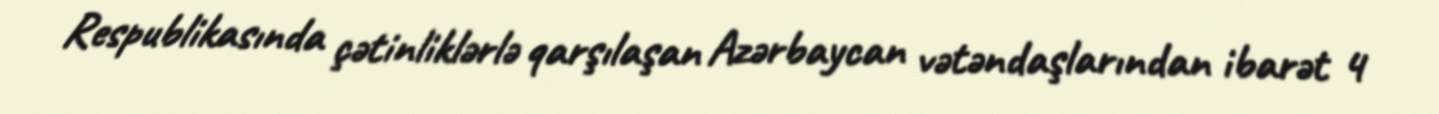
Respublikasında çətinliklərlə qarşılaşan Azərbaycan vətəndaşlarından ibarət 4